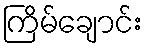
ကြိမ်ချောင်း